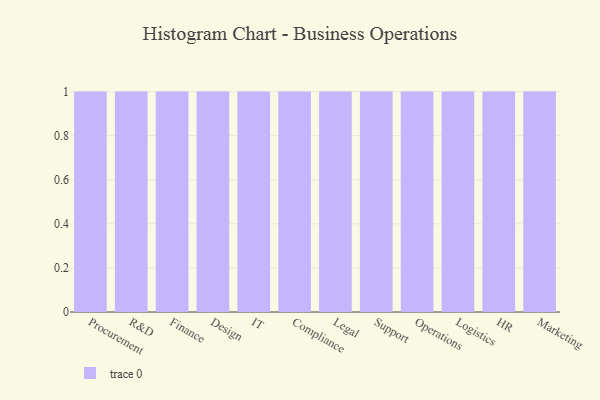
{"axis": {"x": "Department", "y": "Headcount"}, "legend": [""], "data": [{"x": "Procurement", "y": 25, "type": ""}, {"x": "R&D", "y": 7, "type": ""}, {"x": "Finance", "y": 57, "type": ""}, {"x": "Design", "y": 43, "type": ""}, {"x": "IT", "y": 49, "type": ""}, {"x": "Compliance", "y": 16, "type": ""}, {"x": "Legal", "y": 11, "type": ""}, {"x": "Support", "y": 53, "type": ""}, {"x": "Operations", "y": 34, "type": ""}, {"x": "Logistics", "y": 46, "type": ""}, {"x": "HR", "y": 33, "type": ""}, {"x": "Marketing", "y": 7, "type": ""}]}